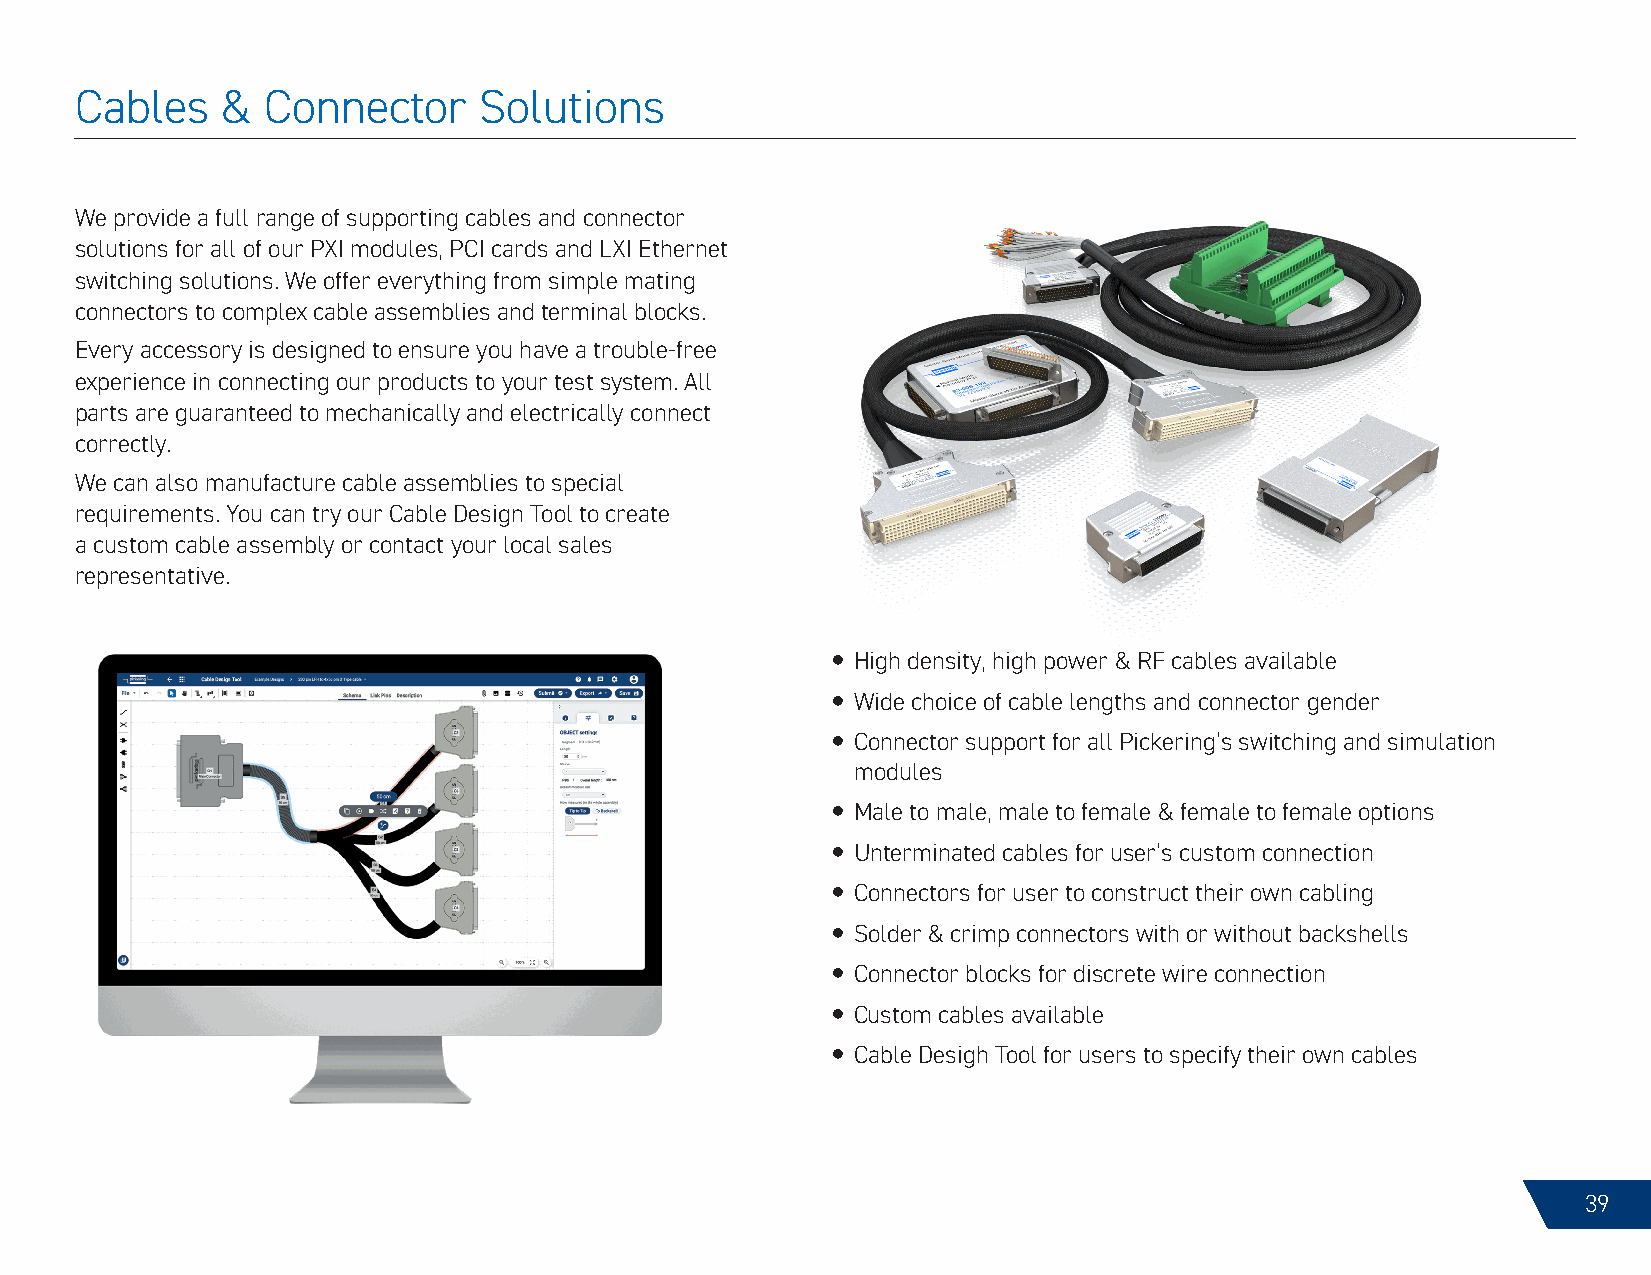
Cables    & Connector      Solutions
 We provide a full range of supporting cables and connector
 solutions for all of our PXI modules, PCI cards and LXI Ethernet
 switching solutions. We offer everything from simple mating
 connectors to complex cable assemblies and terminal blocks.
 Every accessory is designed to ensure you have a trouble-free
 experience in connecting our products to your test system. All
 parts are guaranteed to mechanically and electrically connect
 correctly.
 We can also manufacture cable assemblies to special
 requirements. You can try our Cable Design Tool to create
 a custom cable assembly or contact your local sales
 representative.
 y High density, high power & RF cables available
 y Wide choice of cable lengths and connector gender
 y Connector support for all Pickering’s switching and simulation
 modules
 y Male to male, male to female & female to female options
 y Unterminated cables for user’s custom connection
 y Connectors for user to construct their own cabling
 y Solder & crimp connectors with or without backshells
 y Connector blocks for discrete wire connection
 y Custom cables available
 y Cable Desigh Tool for users to specify their own cables
 39